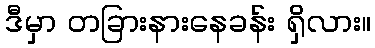
ဒီမှာ တခြားနားနေခန်း ရှိလား။